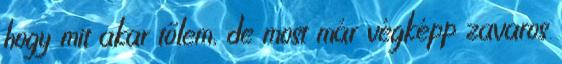
hogy mit akar tőlem, de most már végképp zavaros